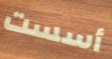
أسست